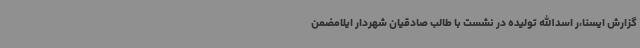
گزارش ایسنا،ر اسدالله تولیده در نشست با طالب صادقیان شهردار ایلامضمن